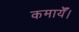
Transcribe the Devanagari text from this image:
कमायेँ।